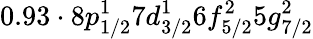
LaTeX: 0.93\cdot 8p_{1/2}^{1}7d_{3/2}^{1}6f_{5/2}^{2}5g_{7/2}^{2}